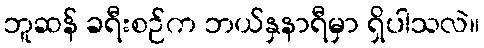
ဘူဆန် ခရီးစဉ်က ဘယ်နှနာရီမှာ ရှိပါသလဲ။